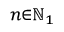
\scriptstyle n \in \mathbb { N } _ { 1 }